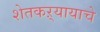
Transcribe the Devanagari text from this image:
शेतकऱ्यायाचे